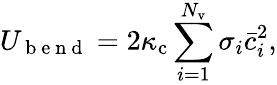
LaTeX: U_{\mathrm{~b~e~n~d~}}=2\kappa_{\mathrm{c}}\sum_{i=1}^{N_{\mathrm{v}}}\sigma_{i}\bar{c}_{i}^{2},